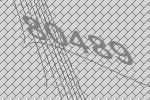
80489